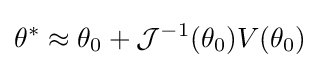
\theta ^{*}\approx \theta _{0}+{\mathcal {J}}^{-1}(\theta _{0})V(\theta _{0})